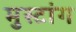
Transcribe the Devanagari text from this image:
मुस्टांग